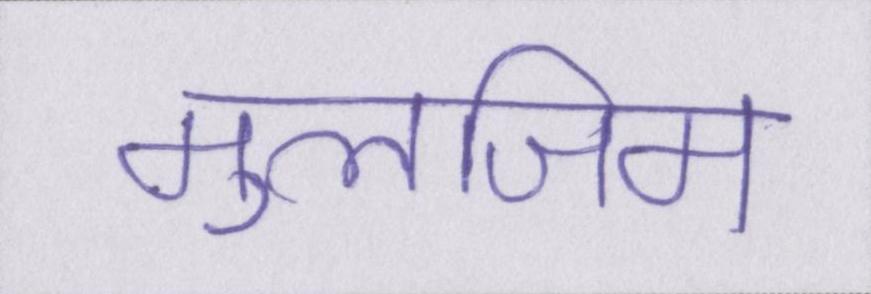
मुलजिम